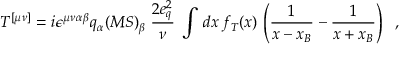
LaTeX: T ^ { [ \mu \nu ] } = i \epsilon ^ { \mu \nu \alpha \beta } q _ { \alpha } ( M S ) _ { \beta } \; { \frac { 2 e _ { q } ^ { 2 } } { \nu } } \; \int \, d x \, f _ { T } ( x ) \, \left( { \frac { 1 } { x - x _ { B } } } - { \frac { 1 } { x + x _ { B } } } \right) \; \; ,